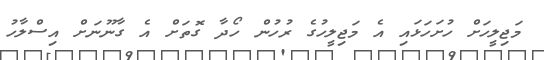
މަޖިލީހަށް ހުށަހަޅައި އެ މަޖިލީހުގެ ރުހުން ހޯދާ ގޮތަށް އެ ގާނޫނަށް އިސްލާހު